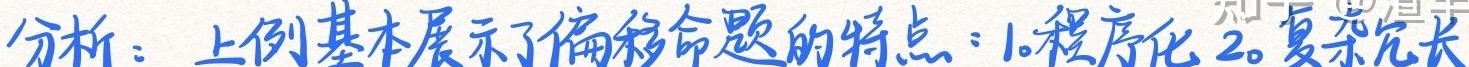
分析：上例基本展示了偏移命题的特点：1.程序化 2.复杂冗长